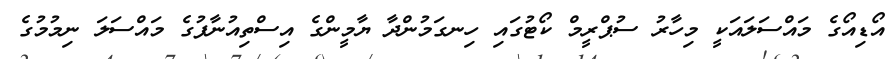
އޯޑިއޯގެ މައްސަލައަކީ މިހާރު ސުޕްރީމް ކޯޓުގައި ހިނގަމުންދާ ޔާމީންގެ އިސްތިއުނާފުގެ މައްސަލަ ނިމުމުގެ